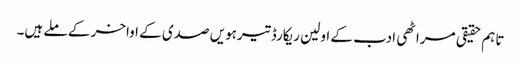
تاہم حقیقی مراٹھی ادب کے اولین ریکارڈ تیرہویں صدی کے اواخر کے ملے ہیں۔